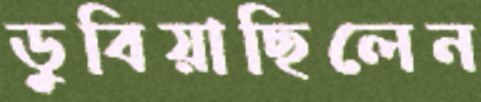
ডুবিয়াছিলেন